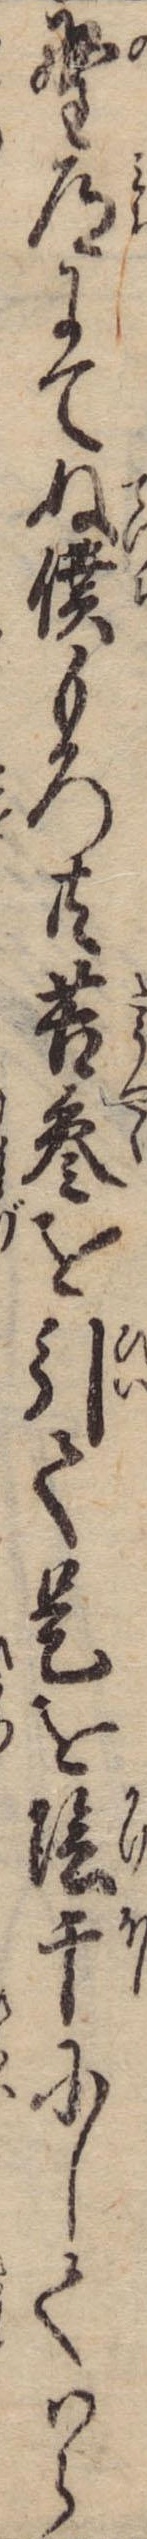
野道にてぬ僕もろ共苦参を引て是を陰干にしてはら